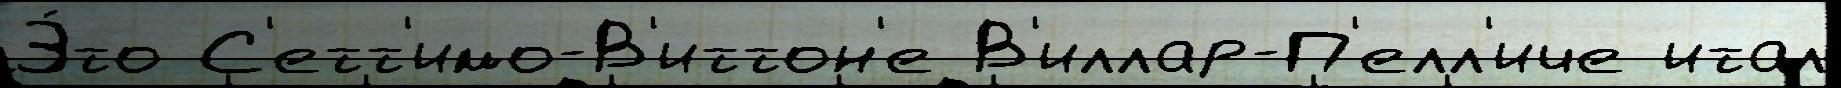
Э́то С'етт'имо-В'иттон'е В'иллар-П'елл'иче итал